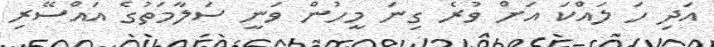
އަދި ހަ ލައްކަ އަށް ވުރެ ގިނަ މީހުން ވަނީ ސަލާމަތުގެ އައްސޭރި